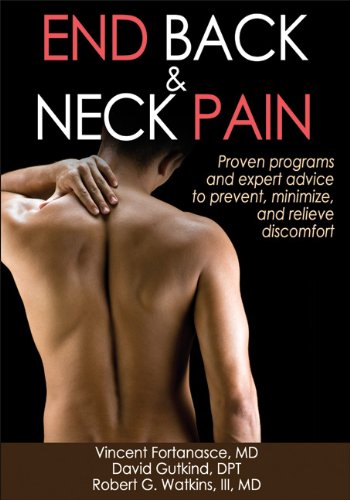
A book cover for End Back & Neck Pain; Vincent Fortanasce; Health, Fitness & Dieting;